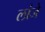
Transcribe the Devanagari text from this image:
लांजे